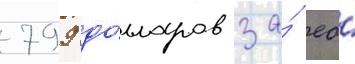
799 до́лларов за́ ео́